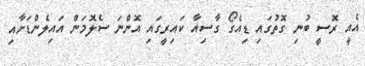
އެއީ ރޮސީ ބުނި ގޮތުގައި ޑިއެގޯ ގާސިއާ ކައިރީގައި އޮންނަ ސެލޮމަން އައިލެންޑަށާއި